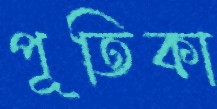
পূতিকা